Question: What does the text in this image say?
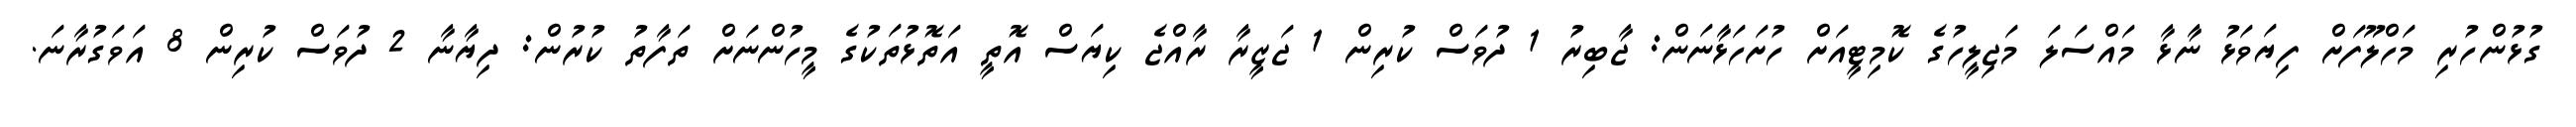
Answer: ގުޅުންހުރި މަހްލޫފަށް ފިޔަވަޅު ނާޅާ މައްސަލަ މަޖިލީހުގެ ކޮމިޓީއަށް ހުށަހަޅާނަން: ޖާބިރު 1 ދުވަސް ކުރިން 1 ޖަޒީރާ ރާއްޖެ ކިޔަސް އޮތީ އަތޮޅުތަކުގެ މީހުންނަށް ތަފާތު ކުރުން: ދިޔާނާ 2 ދުވަސް ކުރިން 8 އަވަގުރާނަ.